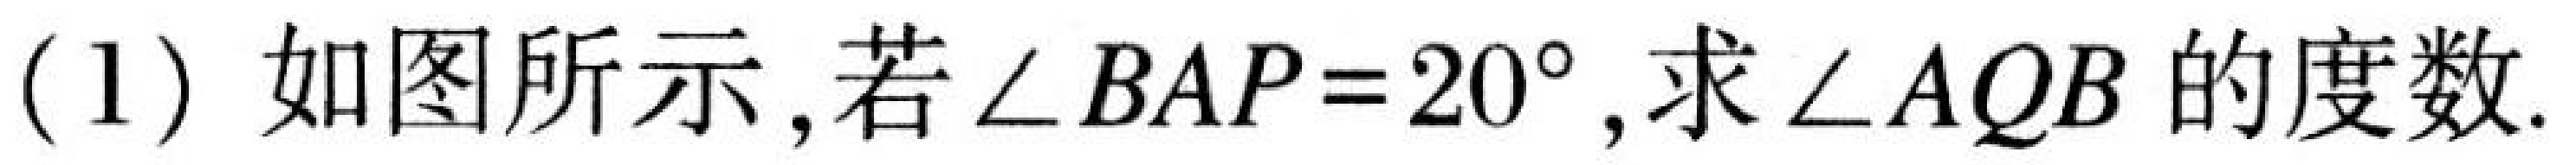
(1) 如图所示,若$\angle BAP = 20^{\circ}$,求$\angle AQB$的度数.